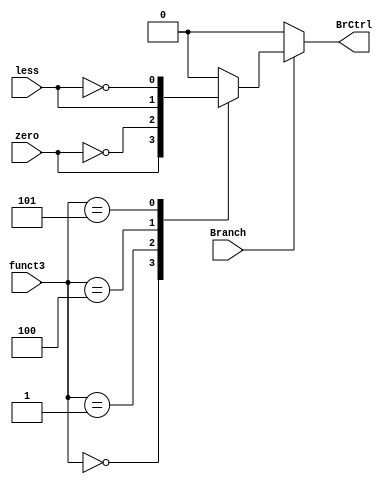
module BranchControl
(
    input Branch,zero,less,
    input [2:0] funct3,
    output reg BrCtrl
);

initial BrCtrl = 1'b0;
always @(*) begin
    if(Branch) begin
        case(funct3)
            3'b000: BrCtrl = zero; // beq
            3'b001: BrCtrl = ~zero; // bne
            3'b100: BrCtrl = less; // blt
            3'b101: BrCtrl = ~less; // bge
            default: BrCtrl = 1'b0;
        endcase
    end
    else BrCtrl = 1'b0;
end

endmodule